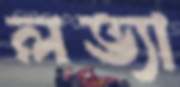
লভ্যা